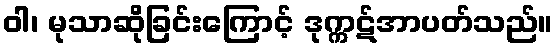
ဝါ၊ မုသာဆိုခြင်းကြောင့် ဒုက္ကဋ်အာပတ်သည်။